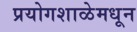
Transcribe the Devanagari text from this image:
प्रयोगशाळेमधून